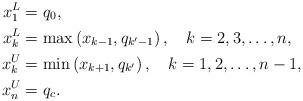
LaTeX: \begin{align*}x_1^L&=q_0,\\x_k^L&=\max\left(x_{k-1},q_{k^\prime-1}\right),\quad{k=2,3,\ldots,n},\\x_k^U&=\min\left(x_{k+1},q_{k^\prime}\right),\quad{k=1,2,\ldots,n-1},\\x_n^U&=q_c.\end{align*}